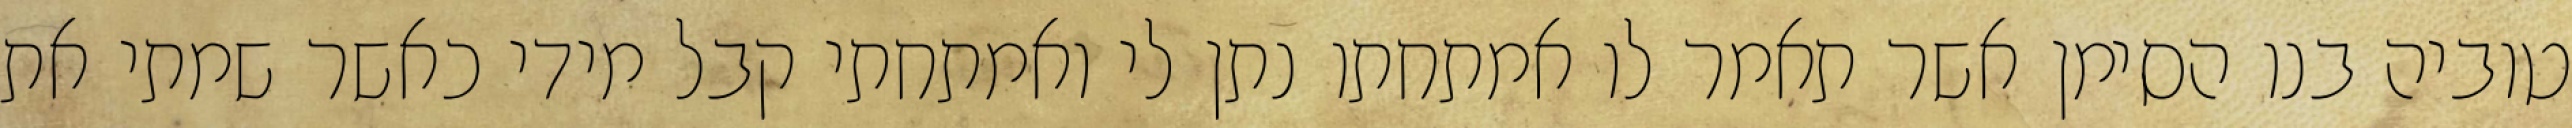
טוביה בנו הסימן אשר תאמר לו אמתחתו נתן לי ואמתחתי קבל מידי כאשר שמתי את